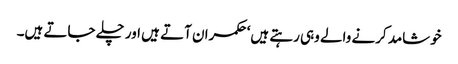
خوشامد کرنے والے وہی رہتے ہیں‘ حکمران آتے ہیں اور چلے جاتے ہیں۔